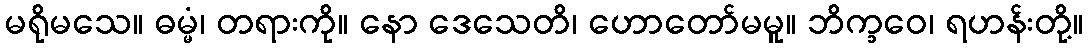
မရိုမသေ။ ဓမ္မံ၊ တရားကို။ နော ဒေသေတိ၊ ဟောတော်မမူ။ ဘိက္ခဝေ၊ ရဟန်းတို့။